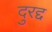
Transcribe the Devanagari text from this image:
दुरद्द